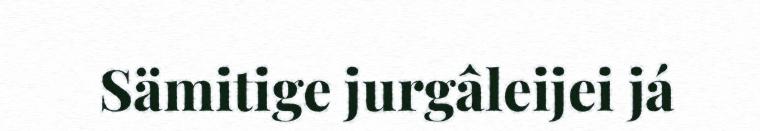
Sämitige jurgâleijei já